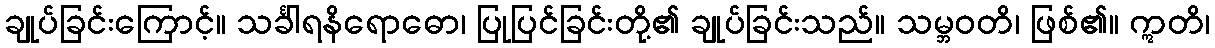
ချုပ်ခြင်းကြောင့်။ သင်္ခါရနိရောဓော၊ ပြုပြင်ခြင်းတို့၏ ချုပ်ခြင်းသည်။ သမ္ဘဝတိ၊ ဖြစ်၏။ ဣတိ၊